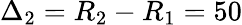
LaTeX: \Delta_{2}=R_{2}-R_{1}=50